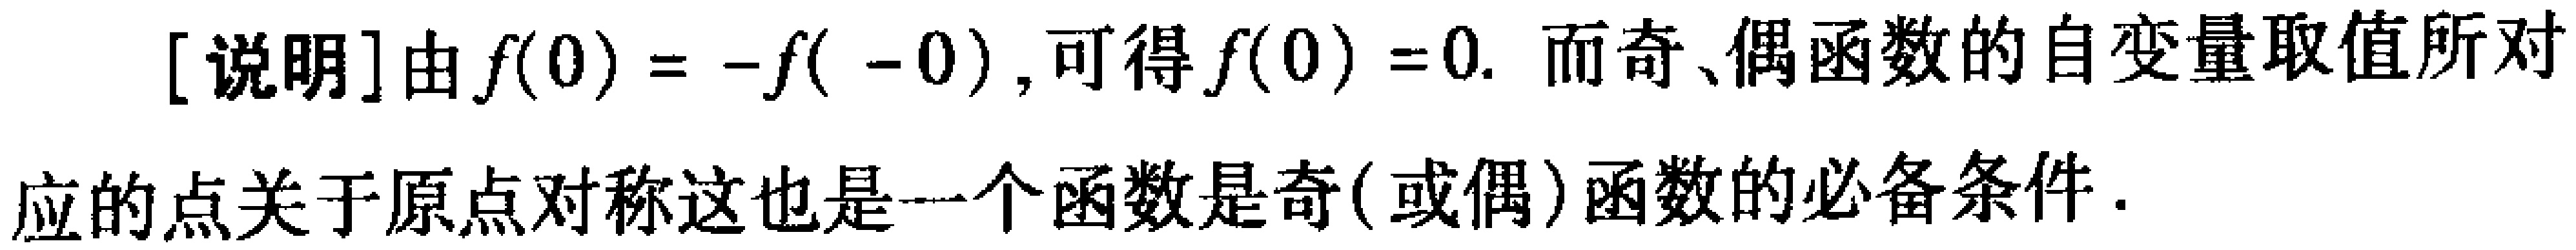
[说明]由\(f(0)=-f(-0)\), 可得\(f(0)=0\). 而奇、偶函数的自变量取值所对应的点关于原点对称这也是一个函数是奇(或偶)函数的必备条件.